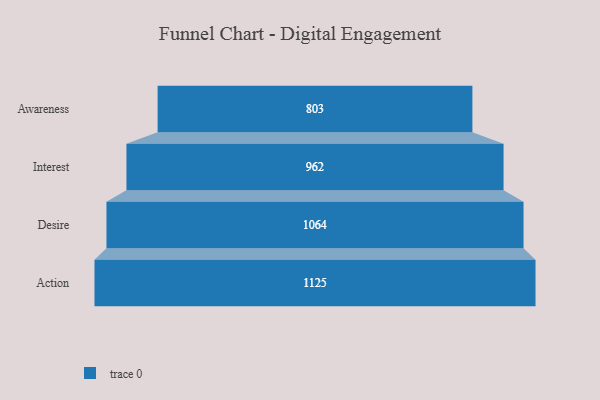
{"axis": {"x": "Stage", "y": "Value"}, "legend": [""], "data": [{"x": "Awareness", "y": 803.0, "type": ""}, {"x": "Interest", "y": 962.0, "type": ""}, {"x": "Desire", "y": 1064.0, "type": ""}, {"x": "Action", "y": 1125.0, "type": ""}]}